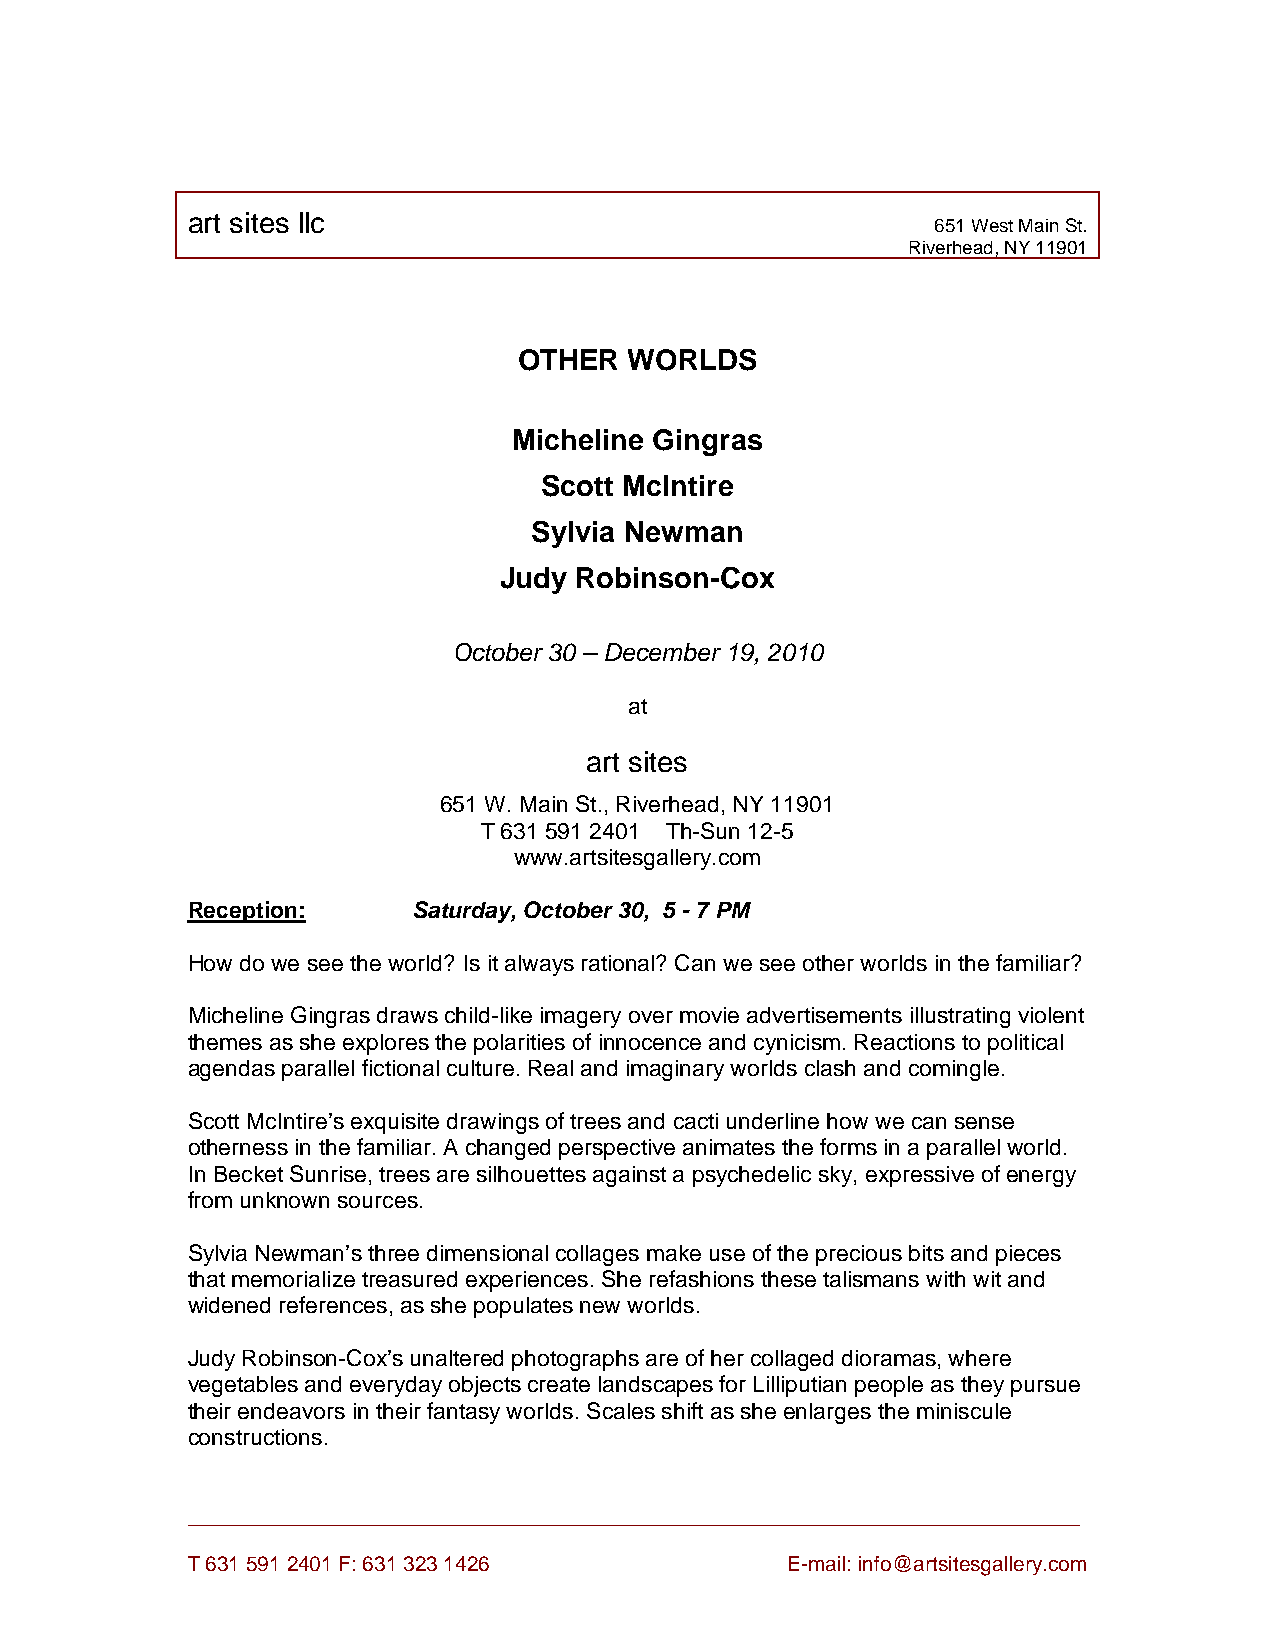
art sites llc
 651 West Main St.
 Riverhead, NY 11901
 OTHER   WORLDS
 Micheline Gingras
 Scott McIntire
 Sylvia Newman
 Judy Robinson-Cox
 October 30 – December 19, 2010
 at
 art sites
 651 W. Main St., Riverhead, NY 11901
 T 631 591 2401 Th-Sun 12-5
 www.artsitesgallery.com
 Reception:     Saturday, October 30, 5 - 7 PM
 How do we see the world? Is it always rational? Can we see other worlds in the familiar?
 Micheline Gingras draws child-like imagery over movie advertisements illustrating violent
 themes as she explores the polarities of innocence and cynicism. Reactions to political
 agendas parallel fictional culture. Real and imaginary worlds clash and comingle.
 Scott McIntire’s exquisite drawings of trees and cacti underline how we can sense
 otherness in the familiar. A changed perspective animates the forms in a parallel world.
 In Becket Sunrise, trees are silhouettes against a psychedelic sky, expressive of energy
 from unknown sources.
 Sylvia Newman’s three dimensional collages make use of the precious bits and pieces
 that memorialize treasured experiences. She refashions these talismans with wit and
 widened references, as she populates new worlds.
 Judy Robinson-Cox’s unaltered photographs are of her collaged dioramas, where
 vegetables and everyday objects create landscapes for Lilliputian people as they pursue
 their endeavors in their fantasy worlds. Scales shift as she enlarges the miniscule
 constructions.
 _____________________________________________________________________________
 T 631 591 2401 F: 631 323 1426          E-mail: info@artsitesgallery.com